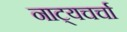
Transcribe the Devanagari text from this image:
नाट्यचर्चा